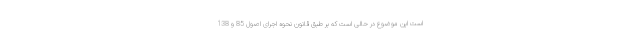
است این موضوع در حالی است که بر طبق قانون نحوه اجرای اصول 85 و 138